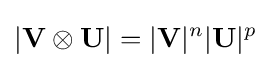
|\mathbf {V} \otimes \mathbf {U} |=|\mathbf {V} |^{n}|\mathbf {U} |^{p}